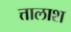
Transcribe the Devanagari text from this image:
त्तालाश